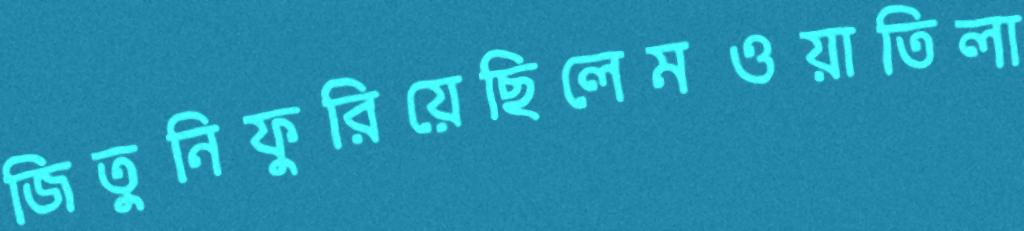
জিতুনিফুরিয়েছিলেমওয়াতিলা